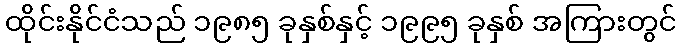
ထိုင်းနိုင်ငံသည် ၁၉၈၅ ခုနှစ်နှင့် ၁၉၉၅ ခုနှစ် အကြားတွင်